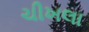
ચીખલા